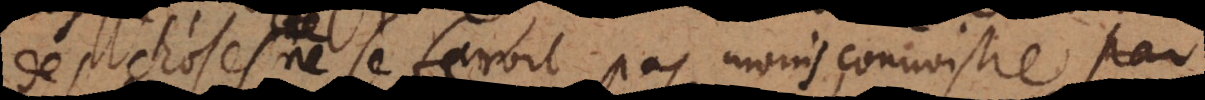
ne se feroit pas moins connoistre par